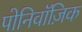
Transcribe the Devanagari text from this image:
पोनिवॉज़िक